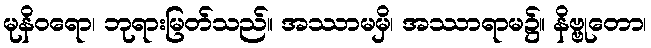
မုနိဝရော၊ ဘုရားမြတ်သည်။ အဿာမမှိ၊ အဿာရာမ၌။ နိဗ္ဗုတော၊